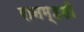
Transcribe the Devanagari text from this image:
रानम्हशी